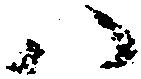
八